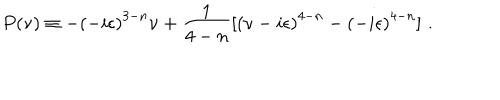
P ( \nu ) \equiv - { ( - i \epsilon ) } ^ { 3 - n } \nu + \frac { 1 } { 4 - n } [ { ( \nu - i \epsilon ) } ^ { 4 - n } - { ( - i \epsilon ) } ^ { 4 - n } ] \, \, .